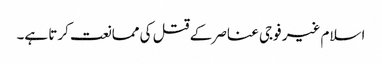
اسلام غیر فوجی عناصر کے قتل کی ممانعت کرتا ہے۔